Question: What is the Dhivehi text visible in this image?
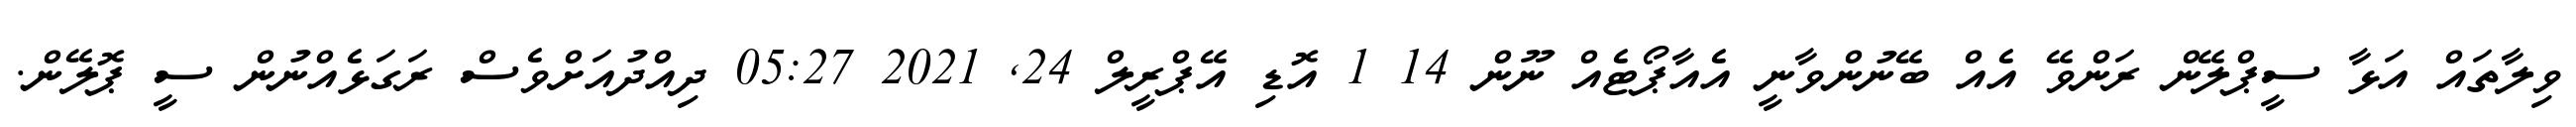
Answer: ވިލާތައް އަޅާ ސީޕްލޭން ރަންވޭ އެއް ބޭނުންވާނީ އެއާޕޯޓެއް ނޫން 14 1 އޮޑި އޭޕްރީލް 24, 2021 05:27 ދިއްދުއަށްވެސް ރަގަޅެއްނުން ސީ ޕޮލޭން.